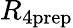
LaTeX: R_{4\mathrm{prep}}